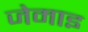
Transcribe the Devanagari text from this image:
जेमाइ